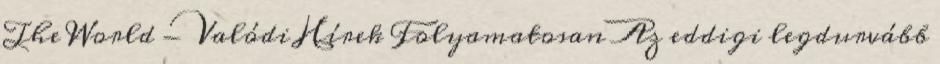
The World - Valódi Hírek Folyamatosan Az eddigi legdurvább